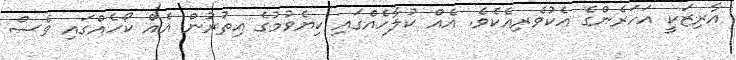
އާރިޒަކީ އަހަރެންގެ އެކުވެރިއެކެވެ. އެއް ކުލާހެއްގައި ކިޔެވުމުގެ އިތުރުން އެއް ކޯހެއްގައި ވެސް